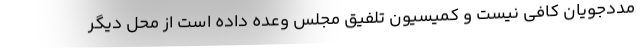
مددجویان کافی نیست و کمیسیون تلفیق مجلس وعده داده است از محل دیگر